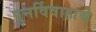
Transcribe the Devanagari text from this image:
पुनर्विवाहाचे